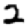
Digit: 2